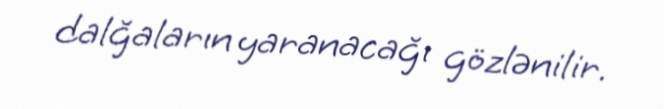
dalğaların yaranacağı gözlənilir.